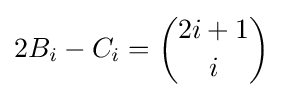
2B_{i}-C_{i}={\binom {2i+1}{i}}